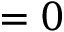
= 0